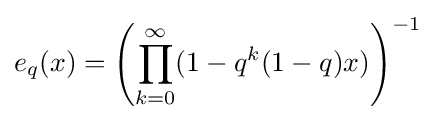
e_{q}(x)=\left(\prod _{k=0}^{\infty }(1-q^{k}(1-q)x)\right)^{-1}